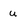
Character: u